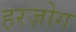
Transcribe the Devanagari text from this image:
हरज़ोग